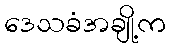
ဒေသခံအချို့က